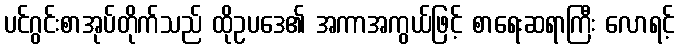
ပင်ဂွင်းစာအုပ်တိုက်သည် ထိုဥပဒေ၏ အကာအကွယ်ဖြင့် စာရေးဆရာကြီး လောရင့်